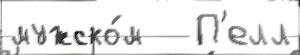
мужско́м   П'елл